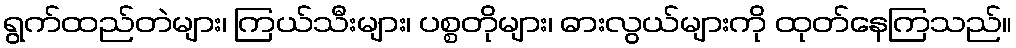
ရွက်ထည်တဲများ၊ ကြယ်သီးများ၊ ပစ္စတိုများ၊ ဓားလွယ်များကို ထုတ်နေကြသည်။